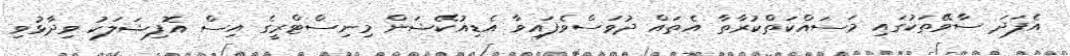
އެފަދަ ސާވޭތަކުގައި މަސައްކަތްކުރާތާ އެތައް ދުވަސްވެފައިވާ އެޑިއުކޭޝަން މިނިސްޓްރީގެ އިސް އޮފިޝަލަކު ވިދާޅުވި